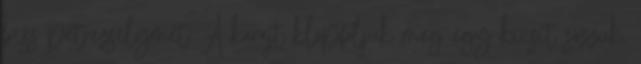
friss petrezselymet. A karajt klopfoljuk meg egy kicsit sózzuk,